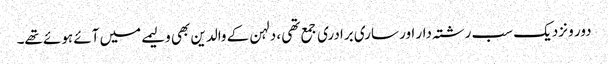
دور و نزدیک سب رشتہ دار اور ساری برادری جمع تھی ، دلہن کے والدین بھی ولیمے میں آئے ہوئے تھے۔